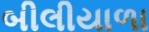
બીલીયાળા